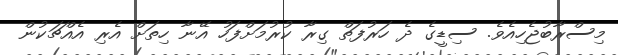
މިސްރާބުޖެހިއެވެ. ސިޑީގެ ދެ ހަރުފަތް ގިރާ ކުރުމަށްފަހު އޭނާ ހިތަށް އެރި އެއްޗަކުން